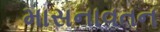
માસનાવતન